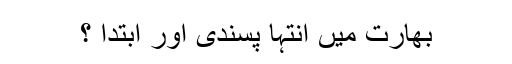
بھارت میں انتہا پسندی اور ابتدا ؟